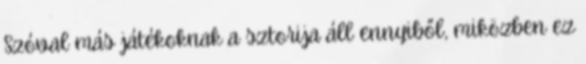
Szóval más játékoknak a sztorija áll ennyiből, miközben ez